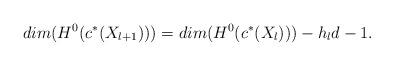
LaTeX: \begin{align*}dim(H^0(c^\ast (X_{l+1})))=dim(H^0(c^\ast (X_{l})))-h_l d-1.\end{align*}